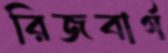
রিজবার্গ